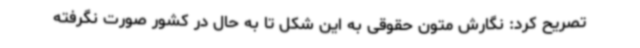
تصریح کرد: نگارش متون حقوقی به این شکل تا به حال در کشور صورت نگرفته